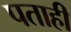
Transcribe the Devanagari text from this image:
पताही